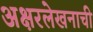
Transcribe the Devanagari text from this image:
अक्षरलेखनाची